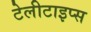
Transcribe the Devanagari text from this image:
टेलीटाइप्स